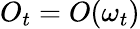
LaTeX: O_{t}=O(\omega_{t})